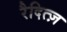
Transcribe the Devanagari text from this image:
रैदित्ज़